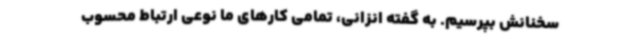
سخنانش بپرسیم. به گفته انزانی، تمامی کارهای ما نوعی ارتباط محسوب